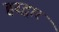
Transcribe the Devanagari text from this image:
हरद्वार